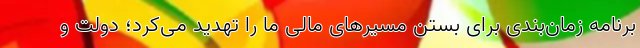
برنامه زمان‌بندی برای بستن مسیرهای مالی ما را تهدید می‌کرد؛ دولت و